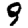
Digit: 9